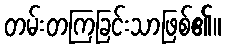
တမ်းတကြခြင်းသာဖြစ်၏။